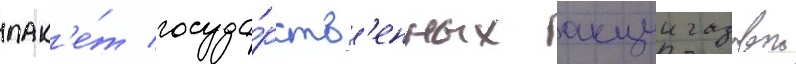
пак'е́т госуда́рств'енных акции газовои